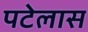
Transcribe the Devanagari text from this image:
पटेलास